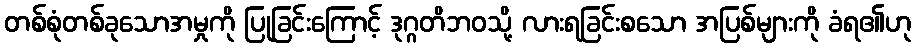
တစ်စုံတစ်ခုသောအမှုကို ပြုခြင်းကြောင့် ဒုဂ္ဂတိဘဝသို့ လားရခြင်းစသော အပြစ်များကို ခံရ၏ဟု